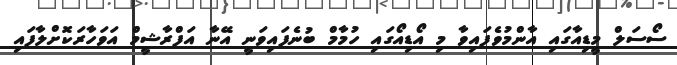
ސޯސަލް މީޑިއާގައި އާންމުވެފައިވާ މި އޯޑިއޯގައި ހުމާމް ބުނެފައިވަނީ އޭނާ އަފްރާޝީމް އަވަހާރަކޮށްލާފައި